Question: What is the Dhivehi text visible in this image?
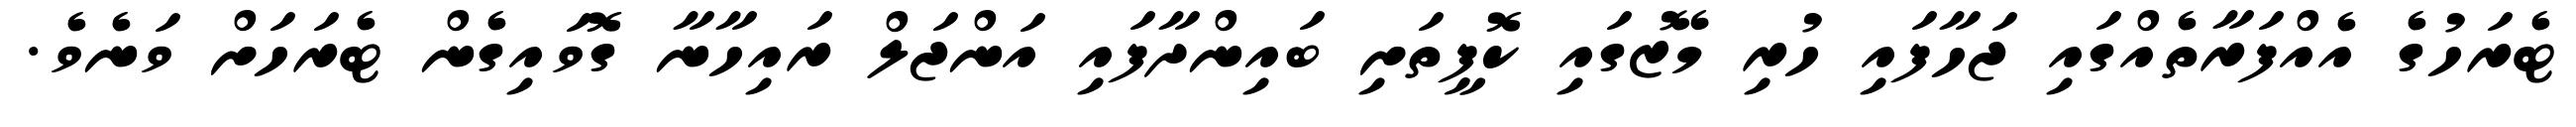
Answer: ޓެރަހުގެ އެއްފަރާތެއްގައި ޖަހާފައި ހުރި މޭޒުގައި ކޮފީތަށި ބައިންދާފައި އަންޖަލް ރައިހާނާ ގޮވައިގެން ޓެރަހަށް ވަނެވެ.